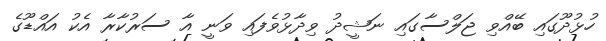
ހުޅުދޫގައި ބޭއްވި ޖަލްސާގައި ނަޝީދު ވިދާޅުވެފައި ވަނީ އާ ސަރުކާރާ އެކު އައްޑޫގެ